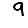
Digit: 9